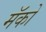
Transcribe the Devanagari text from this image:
मॅको